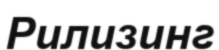
Рилизинг